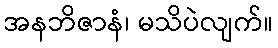
အနဘိဇာနံ၊ မသိပဲလျက်။